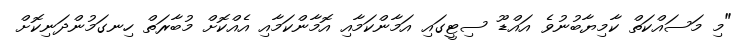
"މި މަސައްކަތް ކާމިޔާބުނުވެ އައްޑޫ ސިޓީގައި އަމާންކަމާއި އޮމާންކަމާއި އެއްކޮށް މުބާރަތް ހިނގަމުންދަނިކޮށް